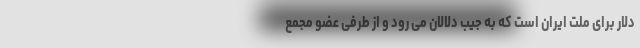
دلار برای ملت ایران است که به جیب دلالان می رود و از طرفی عضو مجمع